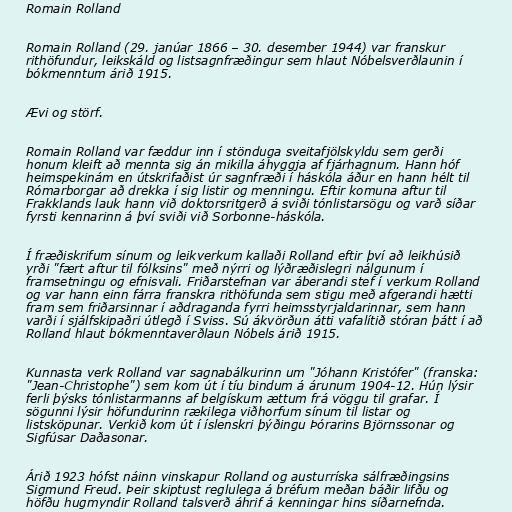
Romain Rolland

Romain Rolland (29. janúar 1866 – 30. desember 1944) var franskur
rithöfundur, leikskáld og listsagnfræðingur sem hlaut Nóbelsverðlaunin í
bókmenntum árið 1915.

Ævi og störf.

Romain Rolland var fæddur inn í stönduga sveitafjölskyldu sem gerði
honum kleift að mennta sig án mikilla áhyggja af fjárhagnum. Hann hóf
heimspekinám en útskrifaðist úr sagnfræði í háskóla áður en hann hélt til
Rómarborgar að drekka í sig listir og menningu. Eftir komuna aftur til
Frakklands lauk hann við doktorsritgerð á sviði tónlistarsögu og varð síðar
fyrsti kennarinn á því sviði við Sorbonne-háskóla.

Í fræðiskrifum sínum og leikverkum kallaði Rolland eftir því að leikhúsið
yrði "fært aftur til fólksins" með nýrri og lýðræðislegri nálgunum í
framsetningu og efnisvali. Friðarstefnan var áberandi stef í verkum Rolland
og var hann einn fárra franskra rithöfunda sem stigu með afgerandi hætti
fram sem friðarsinnar í aðdraganda fyrri heimsstyrjaldarinnar, sem hann
varði í sjálfskipaðri útlegð í Sviss. Sú ákvörðun átti vafalítið stóran þátt í að
Rolland hlaut bókmenntaverðlaun Nóbels árið 1915.

Kunnasta verk Rolland var sagnabálkurinn um "Jóhann Kristófer" (franska:
"Jean-Christophe") sem kom út í tíu bindum á árunum 1904-12. Hún lýsir
ferli þýsks tónlistarmanns af belgískum ættum frá vöggu til grafar. Í
sögunni lýsir höfundurinn rækilega viðhorfum sínum til listar og
listsköpunar. Verkið kom út í íslenskri þýðingu Þórarins Björnssonar og
Sigfúsar Daðasonar.

Árið 1923 hófst náinn vinskapur Rolland og austurríska sálfræðingsins
Sigmund Freud. Þeir skiptust reglulega á bréfum meðan báðir lifðu og
höfðu hugmyndir Rolland talsverð áhrif á kenningar hins síðarnefnda.